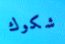
شكوك